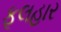
ફૂલહાર